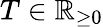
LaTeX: T\in\mathbb{R}_{\geq 0}